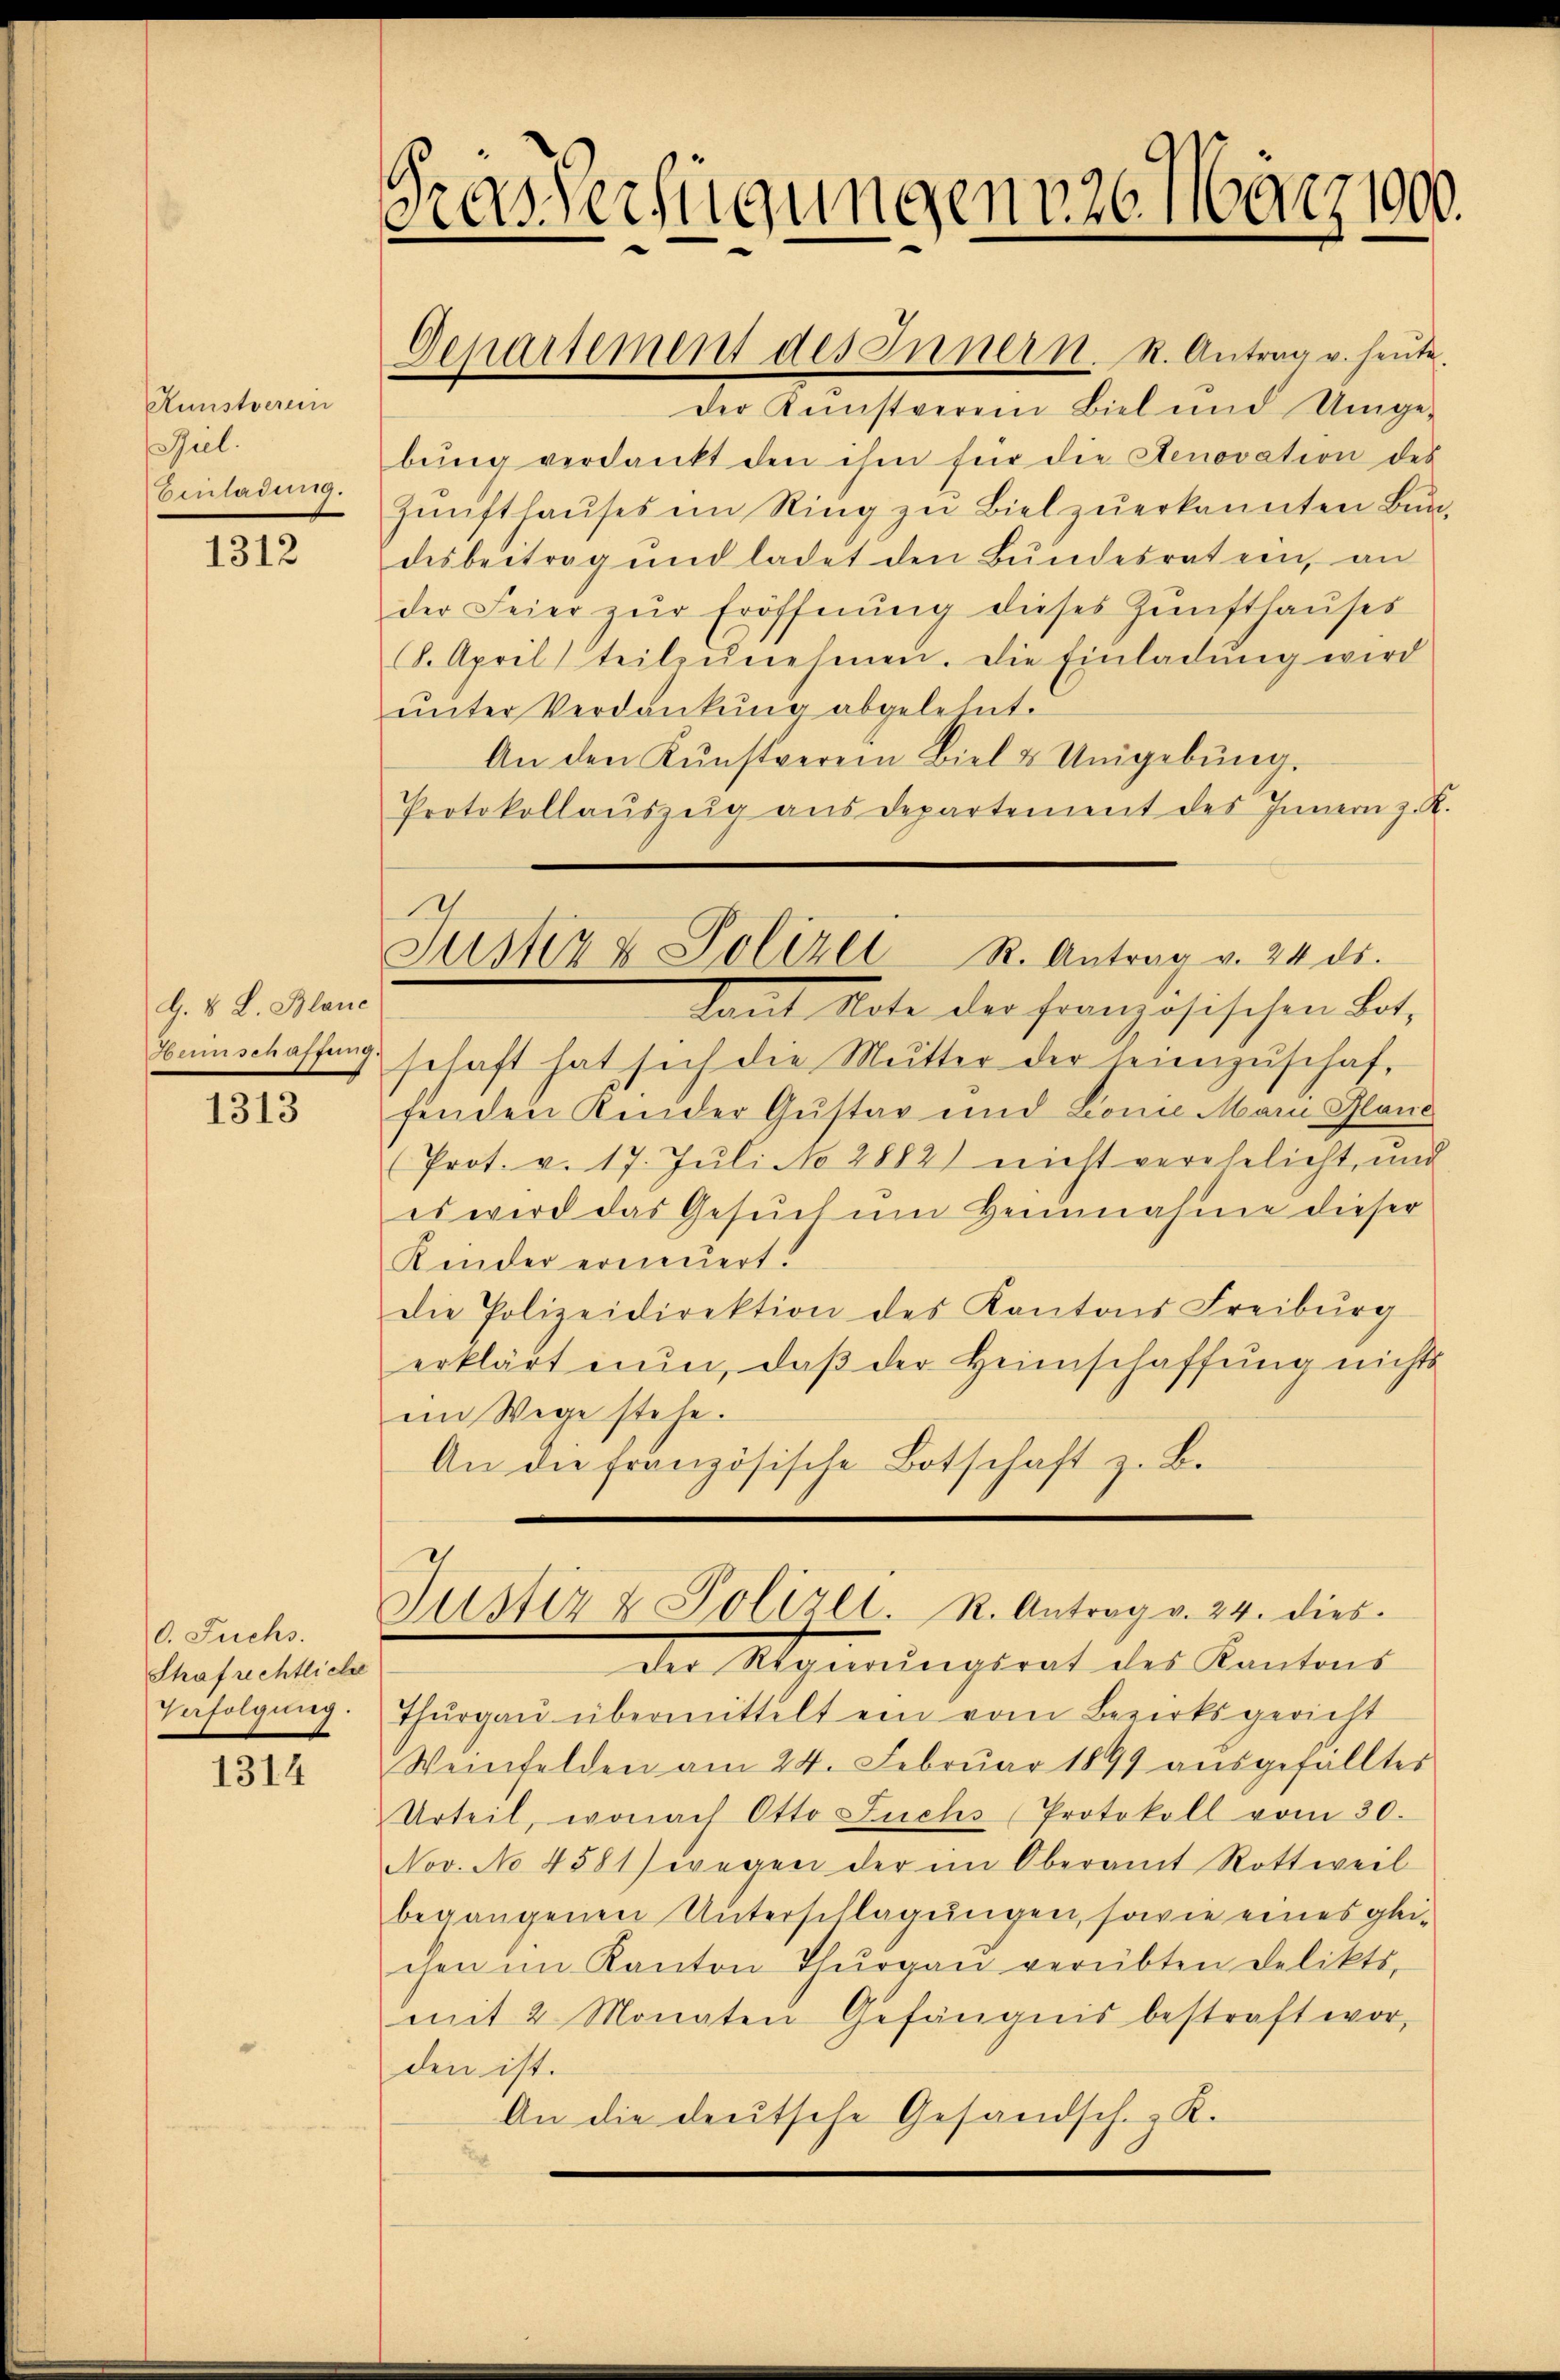
Kunstverein
ul.
Einladung.

1312

G. B. L. Blaue
Hennschaffung.

1313

0. Fuchs.
Strafrechtliche
Verfolgung.

1314

Frasverfügungen 26. März 1900.

Departement des Inner k. R. Antrag v. heute
der Kunstverein Biel und Umge-
bŭng verdankt den ihm für die Genovation des
Zŭnfthaŭses im Ring zu Biel zŭerkannten Bun-
desbeitrag und ladet den Bŭndesraten, an
der Feier zŭr Eröffnŭng dieses Zŭnsthaŭses
8. April teilzŭnehmen. Die Einladŭng wird
unter Verdankung abgelehnt.
An den Kŭnstverein Biel & Umgebŭng.
Protokollaŭszŭg aŭs departement des Innern z. R.

Justiz & Polizei R. Antrag v. 24. ds.

Damit Note der Französischen Bot-
schaft hat sich die Mutter der seienzuschaffenden Knider Gustav und Lonie Marie Plane
Prot. v. 17. Jŭli No 2882) nicht verehelicht, und
es wird das Gesuch um Heimnahme dieser
Kinder erneuert.
die Polizeidirektion des Kantons Freiburg
erklärt nŭn, daβ der Heimschaffung nichts
ein Wege stehe.
An die französische Botschaft z. B.

Justiz & Polizei. R. Antrag v. 24. dies

der Angemeingerat des Kantons-
Thŭrgaŭ übermittelt ein vom Bezirksgericht
Weinfelden am 24. Februar 1899 aŭsgefälltes
Urteil, wonach Otto Juchs Protokoll vom 30.
Nov. No 4581) wegen der im Oberamt Rottweil
begangenen Unterschlagungen, sowie eines gleichen im Kanton Thurgau verübten Delikts-
mit 2 Monaten Gefängnis bestraft worden ist.
An die deutsche Gesandschaz K.